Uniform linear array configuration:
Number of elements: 8
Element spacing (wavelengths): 0.75
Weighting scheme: cosine
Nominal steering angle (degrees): -15
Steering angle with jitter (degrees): -13.084
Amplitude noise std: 0.05
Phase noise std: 0.05

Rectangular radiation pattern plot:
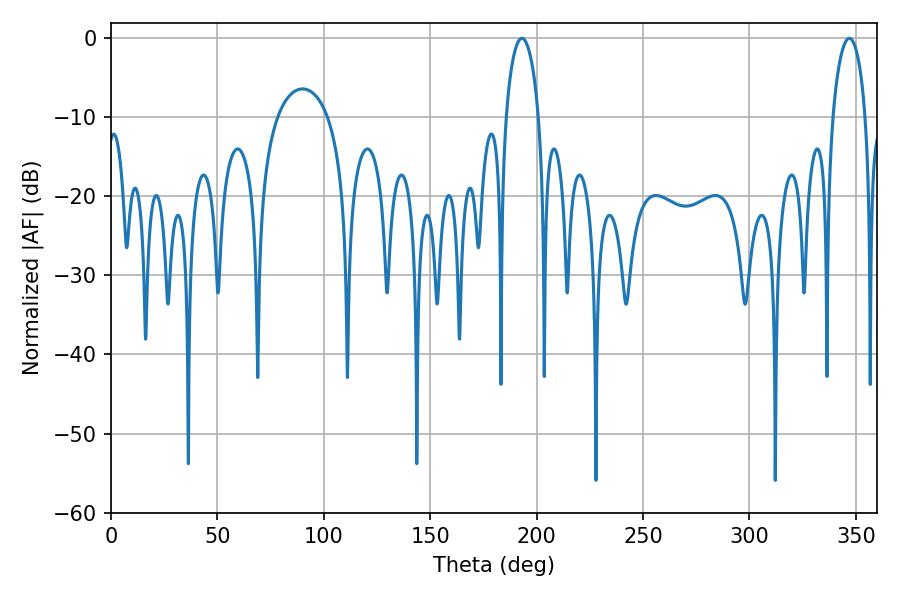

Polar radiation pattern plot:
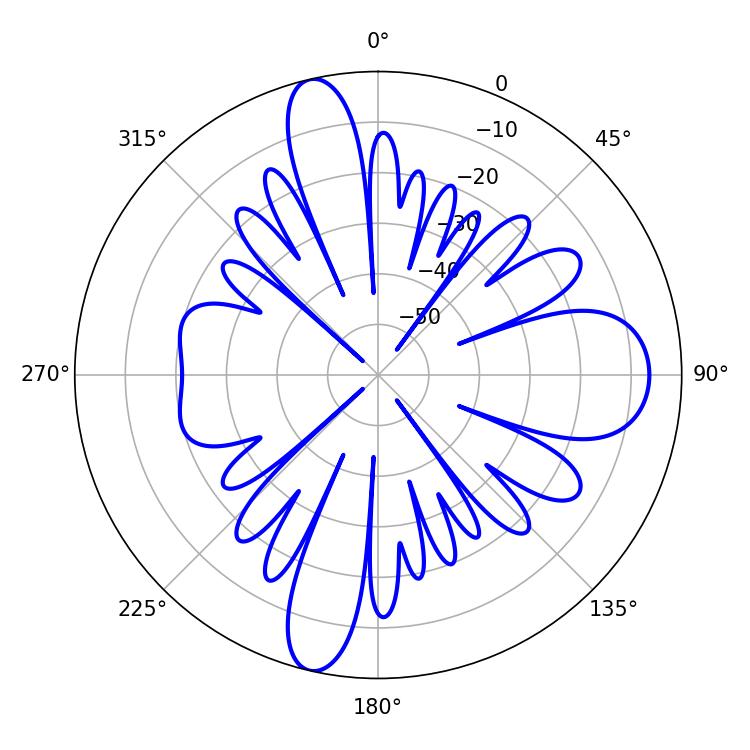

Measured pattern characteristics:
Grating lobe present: TRUE
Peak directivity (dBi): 21.439
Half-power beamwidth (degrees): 8.82
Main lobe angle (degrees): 193.14